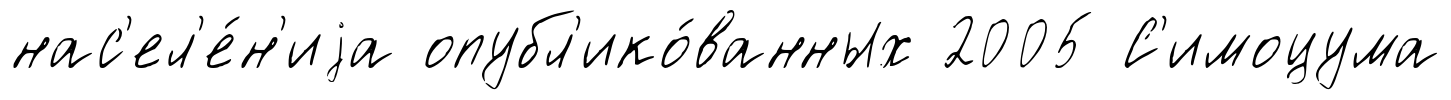
нас'ел'е́н'иjа опубл'ико́ванных 2005 С'имоцума